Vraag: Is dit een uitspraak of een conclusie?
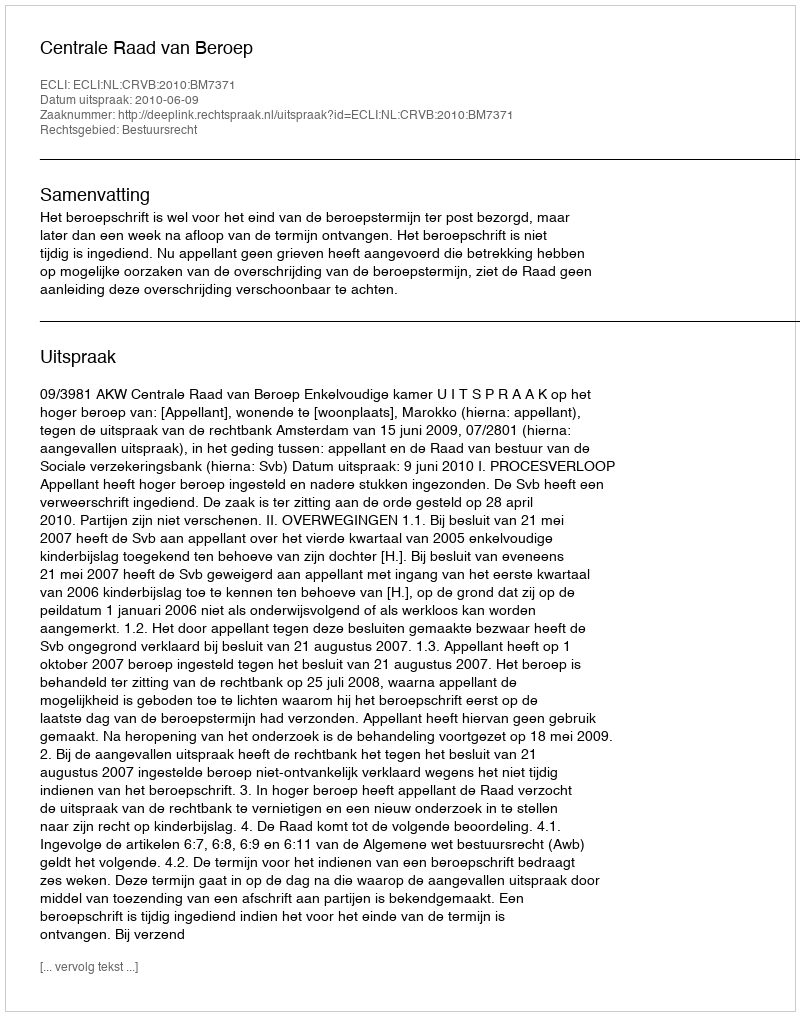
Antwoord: Uitspraak